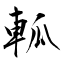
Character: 軱